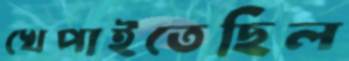
খেপাইতেছিল